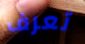
تعرف